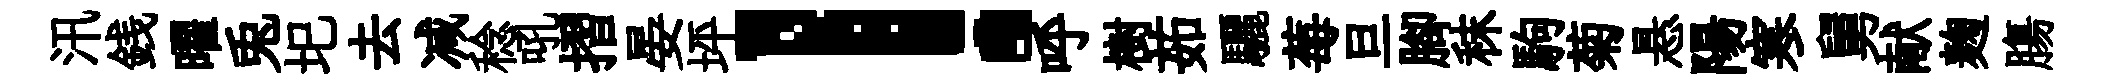
汛銭曜兎圯去减稔吼摺晏坪！呼樹茹驪莓旦腳秣駒菊悬陽寒舅献麹膓